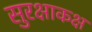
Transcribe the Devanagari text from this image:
सुरक्षाकक्ष